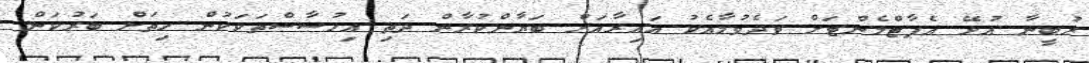
ރުބީނާ އުޅޭ އެޕާޓްމެންޓަށް ވަދެވުމާއެކު އައިރާއަށް ބަޔާންކުރާން ދަތި އިހުސާސްތަކަކުން ހިތަށް ބަރުކަން